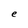
Character: e